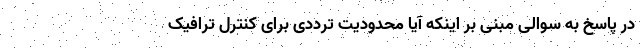
در پاسخ به سوالی مبنی بر اینکه آیا محدودیت ترددی برای کنترل ترافیک